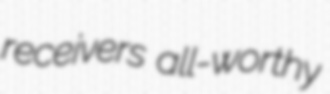
receivers all-worthy